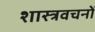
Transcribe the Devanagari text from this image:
शास्त्रवचनों